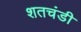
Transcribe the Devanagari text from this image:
शतचंडी